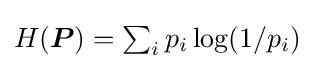
\textstyle H({\boldsymbol {P}})=\sum _{i}p_{i}\log(1/p_{i})